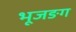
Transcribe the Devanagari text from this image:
भूजङग